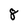
Character: 8